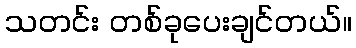
သတင်း တစ်ခုပေးချင်တယ်။